Rangoon Lunatic Asylum 1878-1892 - 1878-1892
Year: 1878
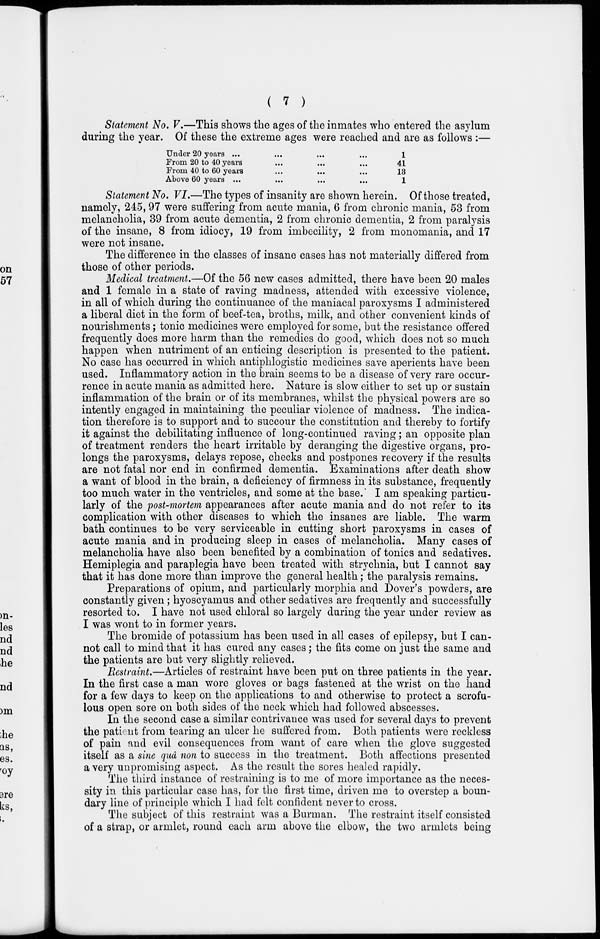
( 7 )
Statement No. V.—This shows the ages of the inmates who entered the asylum
during the year. Of these the extreme ages were reached and are as follows :—
Under 20 years ... ... ... ...
From 20 to 40 years ... ... ...
From 40 to 60 years ... ... ...
Above 60 years ... ... ... ...
1
41
13
1
Statement No. VI.—The types of insanity are shown herein. Of those treated,
namely, 245, 97 were suffering from acute mania, 6 from chronic mania, 53 from
melancholia, 39 from acute dementia, 2 from chronic dementia, 2 from paralysis
of the insane, 8 from idiocy, 19 from imbecility, 2 from monomania, and 17
were not insane.
The difference in the classes of insane cases has not materially differed from
those of other periods.
Medical treatment.—Of the 56 new cases admitted, there have been 20 males
and 1 female in a state of raving madness, attended with excessive violence,
in all of which during the continuance of the maniacal paroxysms I administered
a liberal diet in the form of beef-tea, broths, milk, and other convenient kinds of
nourishments; tonic medicines were employed for some, but the resistance offered
frequently does more harm than the remedies do good, which does not so much
happen when nutriment of an enticing description is presented to the patient.
No case has occurred in which antiphlogistic medicines save aperients have been
used. Inflammatory action in the brain seems to be a disease of very rare occur-
rence in acute mania as admitted here. Nature is slow either to set up or sustain
inflammation of the brain or of its membranes, whilst the physical powers are so
intently engaged in maintaining the peculiar violence of madness. The indica-
tion therefore is to support and to succour the constitution and thereby to fortify
it against the debilitating influence of long-continued raving; an opposite plan
of treatment renders the heart irritable by deranging the digestive organs, pro-
longs the paroxysms, delays repose, checks and postpones recovery if the results
are not fatal nor end in confirmed dementia. Examinations after death show
a want of blood in the brain, a deficiency of firmness in its substance, frequently
too much water in the ventricles, and some at the base. I am speaking particu-
larly of the post-mortem appearances after acute mania and do not refer to its
complication with other diseases to which the insanes are liable. The warm
bath continues to be very serviceable in cutting short paroxysms in cases of
acute mania and in producing sleep in cases of melancholia. Many cases of
melancholia have also been benefited by a combination of tonics and sedatives.
Hemiplegia and paraplegia have been treated with strychnia, but I cannot say
that it has done more than improve the general health; the paralysis remains.
Preparations of opium, and particularly morphia and Dover's powders, are
constantly given; hyoscyamus and other sedatives are frequently and successfully
resorted to. I have not used chloral so largely during the year under review as
I was wont to in former years.
The bromide of potassium has been used in all cases of epilepsy, but I can-
not call to mind that it has cured any cases; the fits come on just the same and
the patients are but very slightly relieved.
Restraint.—Articles of restraint have been put on three patients in the year.
In the first case a man wore gloves or bags fastened at the wrist on the hand
for a few days to keep on the applications to and otherwise to protect a scrofu-
lous open sore on both sides of the neck which had followed abscesses.
In the second case a similar contrivance was used for several days to prevent
the patient from tearing an ulcer he suffered from. Both patients were reckless
of pain and evil consequences from want of care when the glove suggested
itself as a sine quâ non to success in the treatment. Both affections presented
a very unpromising aspect. As the result the sores healed rapidly.
The third instance of restraining is to me of more importance as the neces-
sity in this particular case has, for the first time, driven me to overstep a boun-
dary line of principle which I had felt confident never to cross.
The subject of this restraint was a Burman. The restraint itself consisted
of a strap, or armlet, round each arm above the elbow, the two armlets being